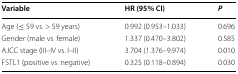
<table><thead><tr><td><b>Variable</b></td><td><b>HR (95% CI)</b></td><td><b><i>P</i></b></td></tr></thead><tbody><tr><td>Age (≤ 59 vs. &gt; 59 years)</td><td>0.992 (0.953–1.033)</td><td>0.696</td></tr><tr><td>Gender (male vs. female)</td><td>1.337 (0.470–3.802)</td><td>0.585</td></tr><tr><td>AJCC stage (III–IV vs. I–II)</td><td>3.704 (1.376–9.974)</td><td>0.010</td></tr><tr><td>FSTL1 (positive vs. negative)</td><td>0.325 (0.118–0.894)</td><td>0.030</td></tr></tbody></table>